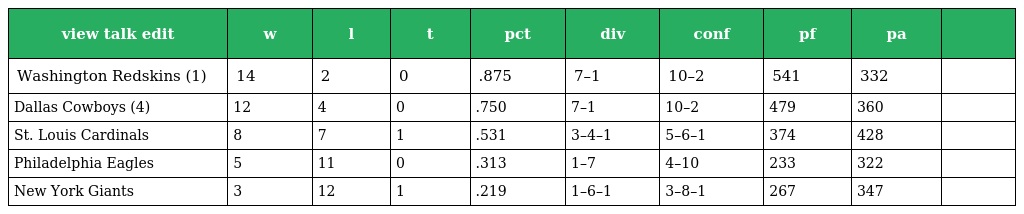
| view talk edit | w | l | t | pct | div | conf | pf | pa |  |
 | --- | --- | --- | --- | --- | --- | --- | --- | --- | --- |
 | Washington Redskins (1) | 14 | 2 | 0 | .875 | 7–1 | 10–2 | 541 | 332 |  |
 | Dallas Cowboys (4) | 12 | 4 | 0 | .750 | 7–1 | 10–2 | 479 | 360 |  |
 | St. Louis Cardinals | 8 | 7 | 1 | .531 | 3–4–1 | 5–6–1 | 374 | 428 |  |
 | Philadelphia Eagles | 5 | 11 | 0 | .313 | 1–7 | 4–10 | 233 | 322 |  |
 | New York Giants | 3 | 12 | 1 | .219 | 1–6–1 | 3–8–1 | 267 | 347 |  |